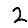
Digit: 2